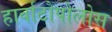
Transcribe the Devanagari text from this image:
हार्वाटोपोलोस